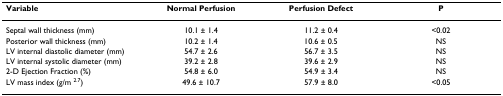
| Variable | Normal Perfusion | Perfusion Defect | P |
 | --- | --- | --- | --- |
 | Septal wall thickness (mm) | 10.1 ± 1.4 | 11.2 ± 0.4 | <0.02 |
 | Posterior wall thickness (mm) | 10.2 ± 1.4 | 10.6 ± 0.5 | NS |
 | LV internal diastolic diameter (mm) | 54.7 ± 2.6 | 56.7 ± 3.5 | NS |
 | LV internal systolic diameter (mm) | 39.2 ± 2.8 | 39.6 ± 2.9 | NS |
 | 2-D Ejection Fraction (%) | 54.8 ± 6.0 | 54.9 ± 3.4 | NS |
 | LV mass index (g/m 2.7) | 49.6 ± 10.7 | 57.9 ± 8.0 | <0.05 |